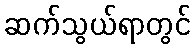
ဆက်သွယ်ရာတွင်